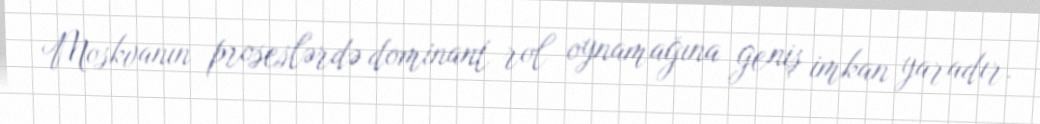
Moskvanın proseslərdə dominant rol oynamağına geniş imkan yaradır.